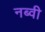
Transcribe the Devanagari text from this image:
नब्वी